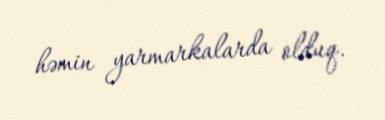
həmin yarmarkalarda olduq.